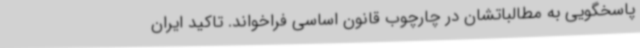
پاسخگویی به مطالباتشان در چارچوب قانون اساسی فراخواند. تاکید ایران